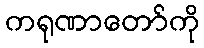
ကရုဏာတော်ကို